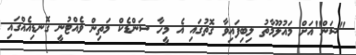
"ސަން"އަށް މައުލޫމާތު ލިބިފައިވާ ގޮތުގައި އެ މީހާ ސަންޑެކް މަތިން ވެއްޓުނީ ގޮނޑިއެއްގައި